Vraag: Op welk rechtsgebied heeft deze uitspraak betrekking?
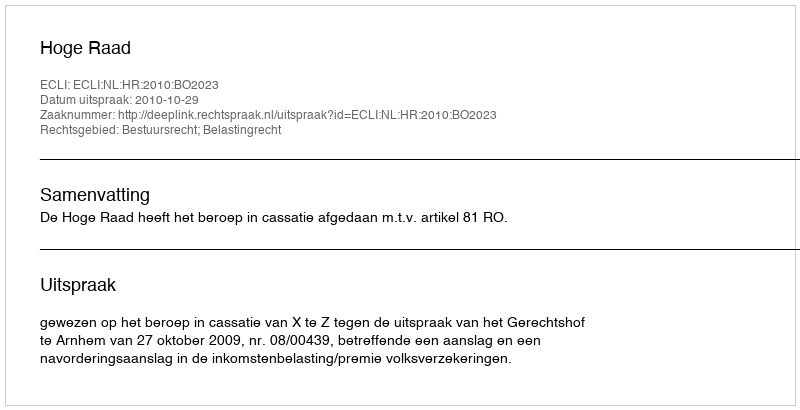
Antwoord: Bestuursrecht; Belastingrecht